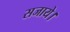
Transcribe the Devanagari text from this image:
सजाये।